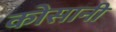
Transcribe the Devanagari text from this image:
कोसानी